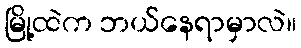
မြို့ထဲက ဘယ်နေရာမှာလဲ။